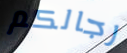
رجالكم